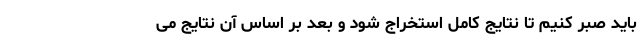
باید صبر کنیم تا نتایج کامل استخراج شود و بعد بر اساس آن نتایج می